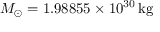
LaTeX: M _ { \odot } = 1 . 9 8 8 5 5 \times 1 0 ^ { 3 0 } \, { \mathrm { k g } }